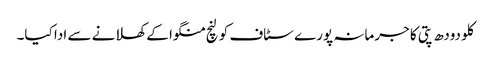
کلو دودھ پتی کا جرمانہ پورے سٹاف کو لنچ منگوا کے کھلانے سے ادا کیا۔